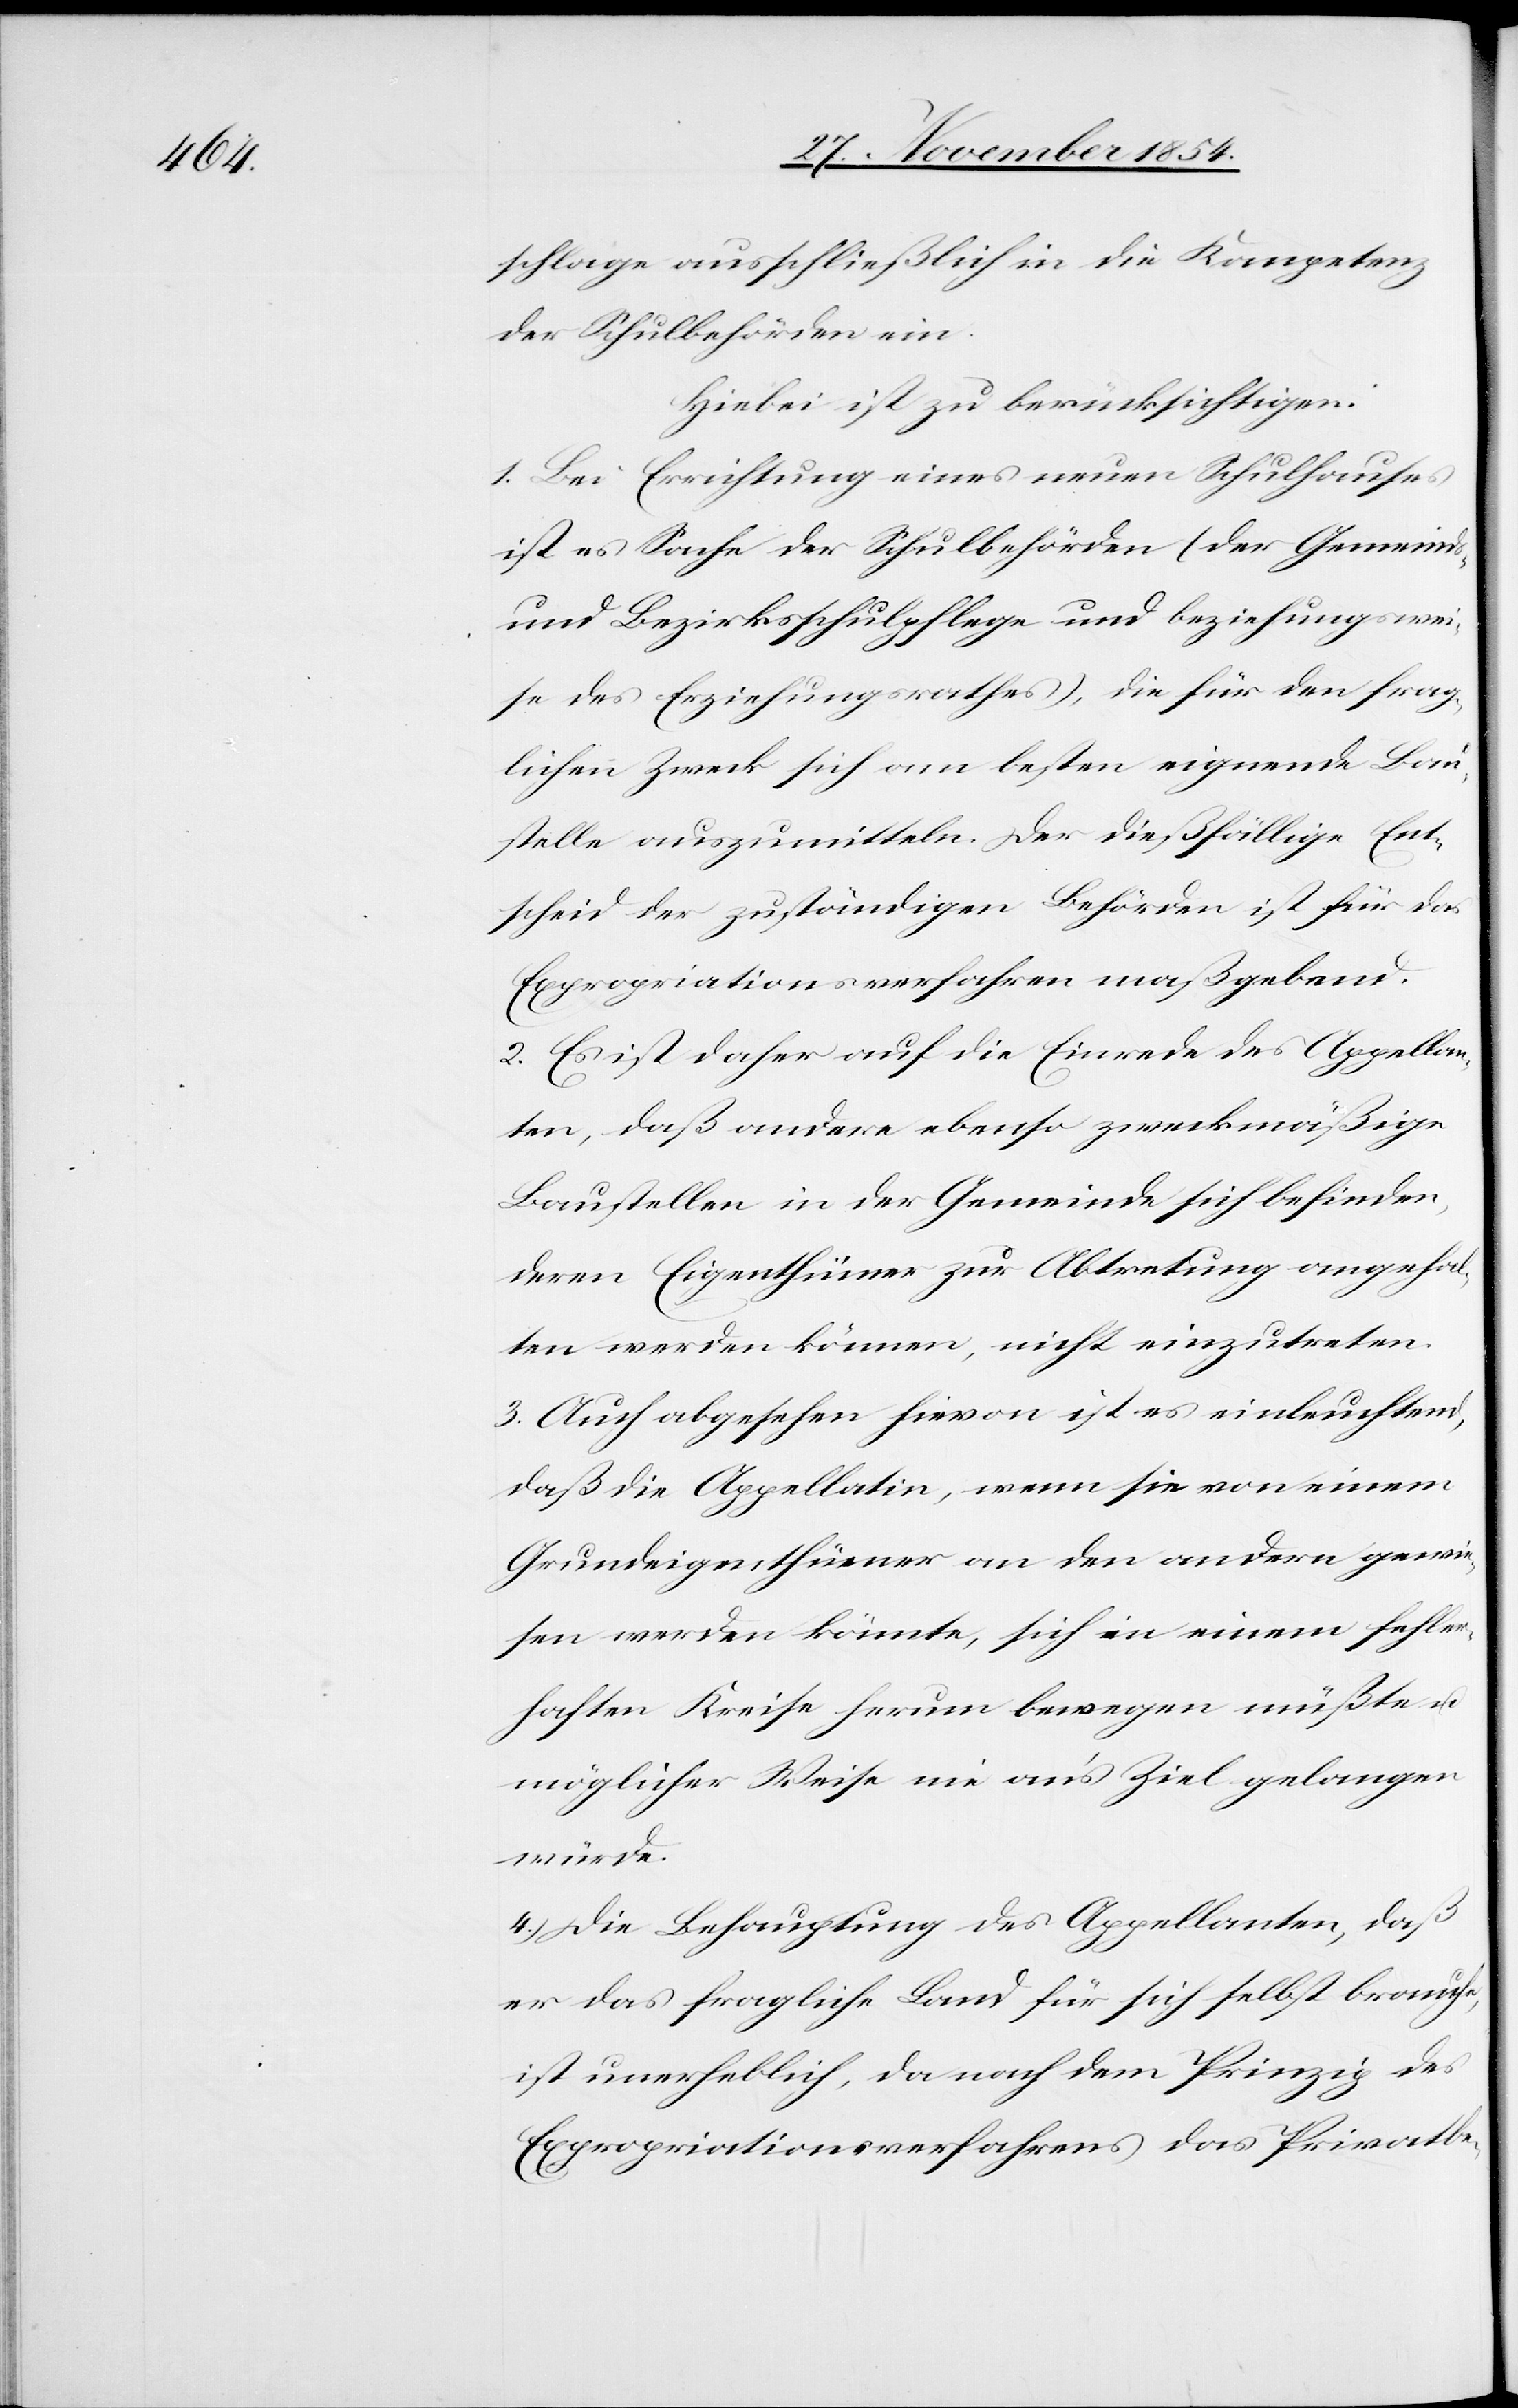
schlage ausschließlich in die Kompetenz
der Schulbehörden ein.
Hiebei ist zu berücksichtigen:
1. Bei Errichtung eines neuen Schulhauses
ist es Sache der Schulbehörden (der Gemeinds-
und Bezirksschulpflege und beziehungswei¬
se des Erziehungsrathes), die für den frag¬
lichen Zweck sich am besten eignende Bau¬
stelle auszumitteln. Der diesfällige Ent¬
scheid der zuständigen Behörden ist für das
Expropriationsverfahren maßgebend.
2. Es ist daher auf die Einrede des Appellan¬
ten, daß andere ebenso zweckmäßige
Baustellen in der Gemeinde sich befinden,
deren Eigenthümer zur Abtretung angehal¬
ten werden können, nicht einzutreten.
3. Auch abgesehen hievon ist es einleuchtend,
daß die Appellatin, wenn sie von einem
Grundeigenthümer an den andern gewie¬
sen werden könnte, sich in einem fehler¬
haften Kreise herum bewegen müßte u.
möglicher Weise nie an’s Ziel gelangen
würde.
4.) Die Behauptung des Appellanten, daß
er das fragliche Land für sich selbst brauche,
ist unerheblich, da nach dem Prinzip des
Expropriationsverfahren das Privatbe-